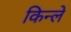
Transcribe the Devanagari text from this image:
किन्ले